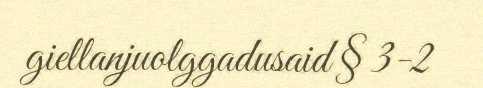
giellanjuolggadusaid § 3-2